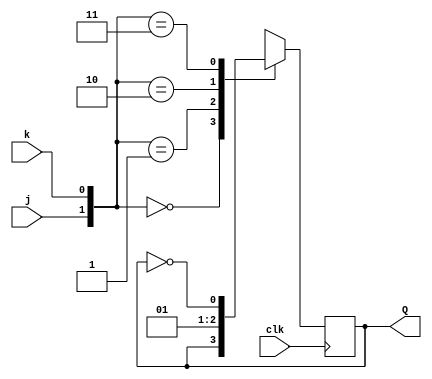
module top_module (
    input clk,
    input j,
    input k,
    output Q);

    always @ (posedge clk)
        begin
            case ({j,k})
                2'b00: Q <= Q;
                2'b01: Q <= 2'b00;
                2'b10: Q <= 2'b01;
                2'b11: Q <= ~Q;
                default: Q <= 2'b0;
            endcase
        end

endmodule